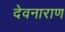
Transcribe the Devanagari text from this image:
देवनाराण